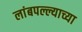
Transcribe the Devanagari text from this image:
लांबपल्ल्याच्या